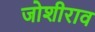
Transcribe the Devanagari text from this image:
जोशीराव